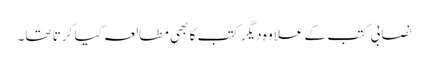
نصابی کتب کے علاوہ دیگر کتب کا بھی مطالعہ کیا کرتا تھا۔